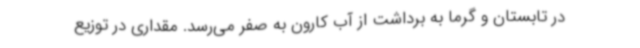
در تابستان و گرما به برداشت از آب کارون به صفر می‌رسد. مقداری در توزیع